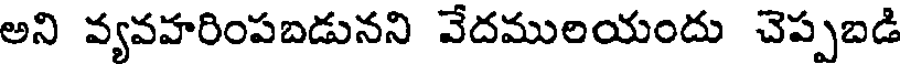
అని వ్యవహరింపబడునని వేదములయందు చెప్పబడి